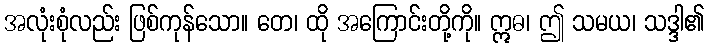
အလုံးစုံလည်း ဖြစ်ကုန်သော။ တေ၊ ထို အကြောင်းတို့ကို။ ဣဓ၊ ဤ သမယ၊ သဒ္ဒါ၏